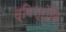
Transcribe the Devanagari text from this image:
द्विश्रोणि